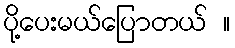
ပို့ပေးမယ်ပြောတယ် ။